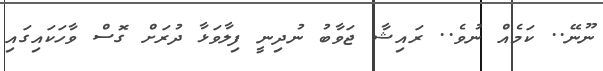
ނޫނޭ.. ކަމެއް ނުވެ.. ރައިޝާ ޖަވާބު ނުދިނީ ފިލާވަޅާ ދުރަށް ގޮސް ވާހަކައިގައި